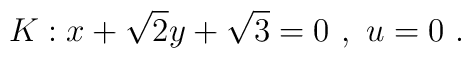
K: x +\sqrt{2}y +\sqrt{3} = 0\ , \ u=0\ .